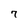
Character: 7